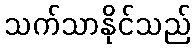
သက်သာနိုင်သည်